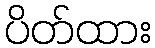
ပိတ်ထား